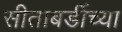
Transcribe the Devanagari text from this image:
सीताबर्डीच्या